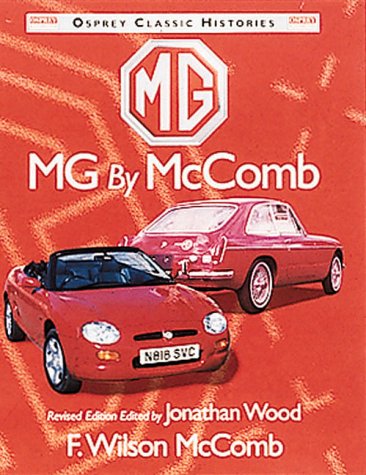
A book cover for Mg by McComb (3 ed); F. Wilson McComb; Engineering & Transportation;